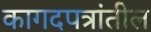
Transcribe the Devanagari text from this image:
कागदपत्रांतील